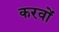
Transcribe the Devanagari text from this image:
करवों